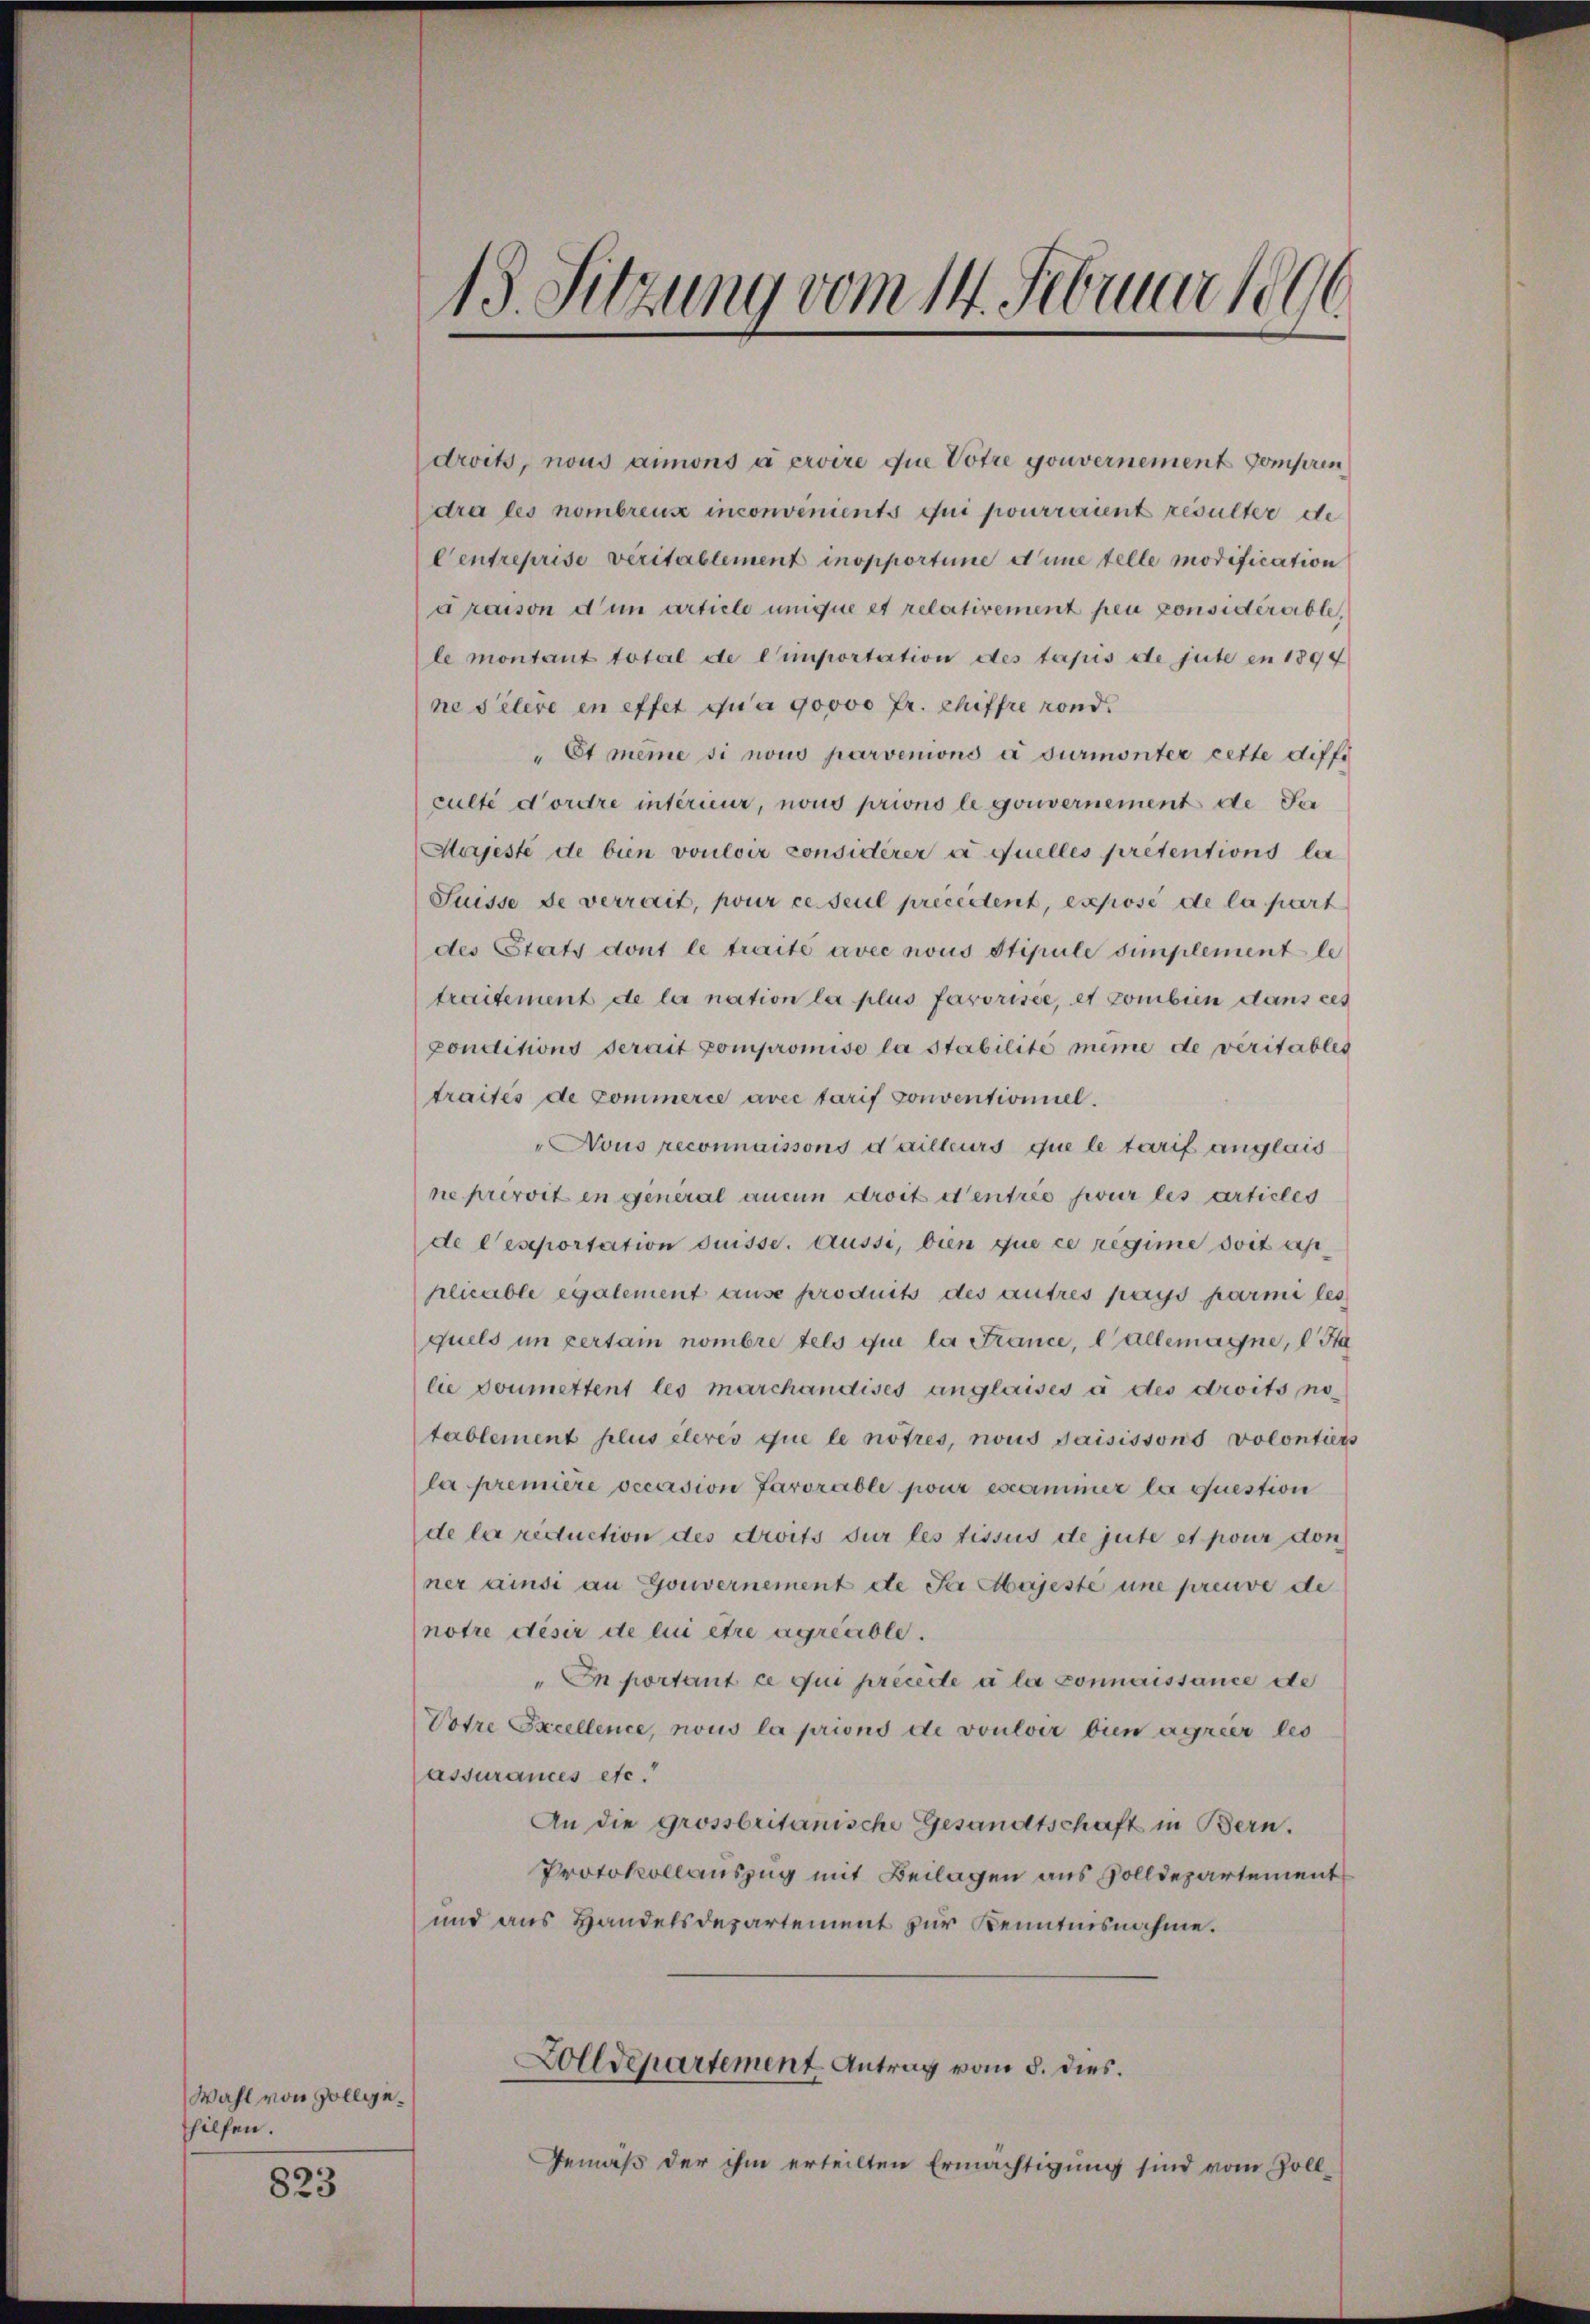
Wahl von Zollgehilfen.

823

droits, nous aimons à ervire que Votre gouvernement compren
dra les nombreuz inconvenients qui pourraient resulter de
Centreprise veritablement insopportime Anne telle modification
draison dem artiele umque et relativement peu considérable,
le montant total de l’importation des taxis de gute en 1894
ne Silire in effet ca 90000 fr. Chiffre rond.
" Et meine si nous parvenions a surmonter cette diffe
culté d’ordre intérieur, nous prions le gouvernement de Per
Majesté de bien vouloir considérer a quelles pretentions la
Suisse de verrait, pour ce seul precestent, expose de la part
des Etats dont le traite avec nous stipule simplement le
traitement de la nation la plus farorisée, et combien dans ces
ponditions derait compromise la stabilité même de véritables
traites de commerce avec tarif Conventioniel.
Nous reconnaissons d’ailleurs que le tarif anglais
ne préroit en general aucun droit d’entrée sur les articles
de l’eseportation duisse. Aussi, bien que ce regime soit ap
plicable egalement ause produits des autres pays parmi les
quels im zertain nombre tels que la France, e allemagne, d. Sta
lie doumettent les marchandises anglaises à des droits notablement plus éleres que le notres, nous saisissons volontiers
la première occasion favorable pour examiner la question
de la rectuction des droits sur les tissus de gute et pour don
ner ainsi an Gouvernement ete Par Majeste une preuve de
notre désir de lui être agreuble.
" In portant ce qui précédé à la connaissance de
Votre Excellence, nous la priond de vouloir bien agrier les
assurances etc.
An die grossbritanische Gesandtschaft in Bern.
Protokollauszug mit Beilagen aus Volldepartement
und aus Handelsdepartement zur Kenntnisnahme.
Zolldepartement Antrag vom 8. dies.
Gemäß der ihm erteilten Ermächtigung sind vom Zoll-

13. Sitzung vom 14. Februar 1896